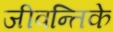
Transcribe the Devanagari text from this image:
जीवन्तिके